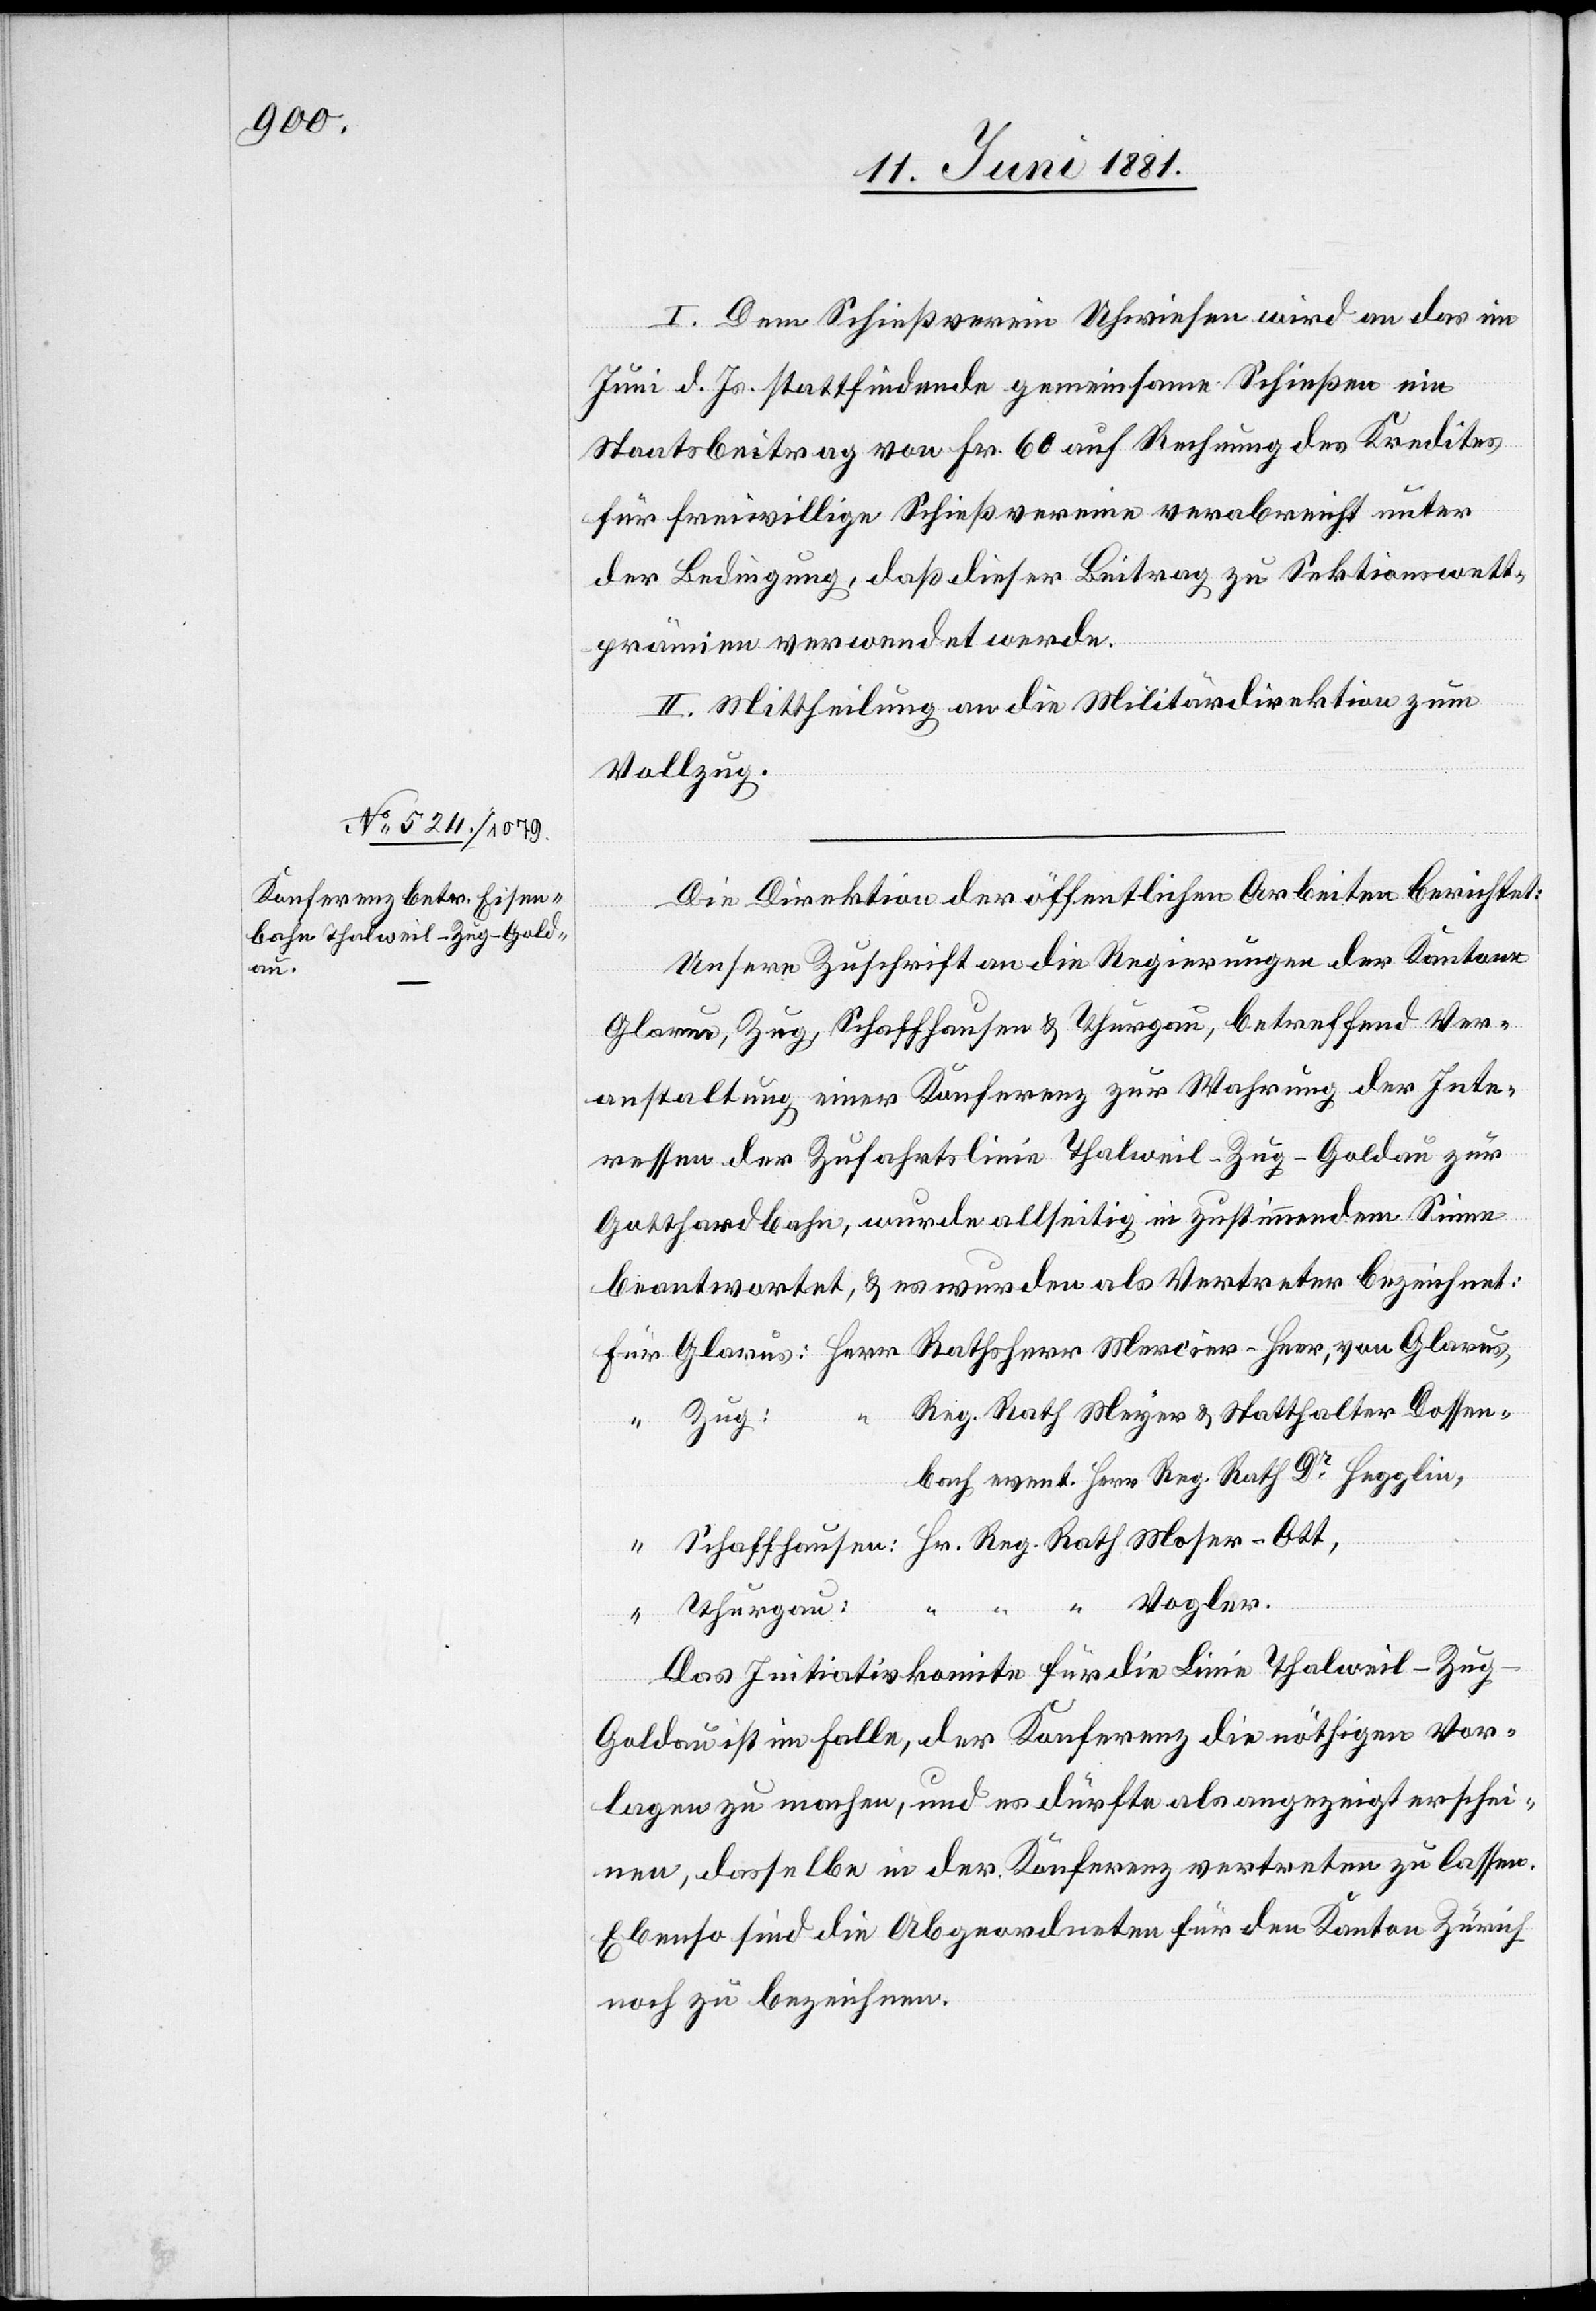
I. Dem Schießverein Uhwiesen wird an das im
Juni d. Js. stattfindende gemeinsame Schießen ein
Staatsbeitrag von Fr. 60 auf Rechnung des Kredites
für freiwillige Schießvereine verabreicht unter
der Bedingung, daß dieser Beitrag zu Sektionswett¬
prämien verwendet werde.
II. Mittheilung an die Militärdirektion zum
Vollzug.
Die Direktion der öffentlichen Arbeiten berichtet:
Unsere Zuschrift an die Regierungen der Kantone
Glarus, Zug, Schaffhausen & Thurgau, betreffend Ver¬
anstaltung einer Konferenz zur Wahrung der Inte¬
ressen der Zufahrtslinie Thalweil–Zug–Goldau zur
Gotthardbahn, wurde allseitig in zustimmendem Sinne
beantwortet, & es wurden als Vertreter bezeichnet:
Reg. Rath Meyer, & Statthalter Dossen¬
Zug:
bach event. Herr Reg. Rath Dr Hegglin,
“ Vogler.
Hr.
“
Thurgau:
Das Initiativkomite für die Linie Thalweil–Zu¬
g–Goldau ist im Falle, der Konferenz die nöthigen Vor¬
lagen zu machen, und es dürfte als angezeigt erschei¬
nen, dasselbe in der Konferenz vertreten zu lassen.
Ebenso sind die Abgeordneten für den Kanton Zürich
noch zu bezeichnen.